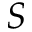
S